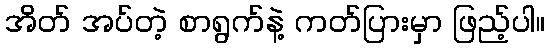
အိတ် အပ်တဲ့ စာရွက်နဲ့ ကတ်ပြားမှာ ဖြည့်ပါ။